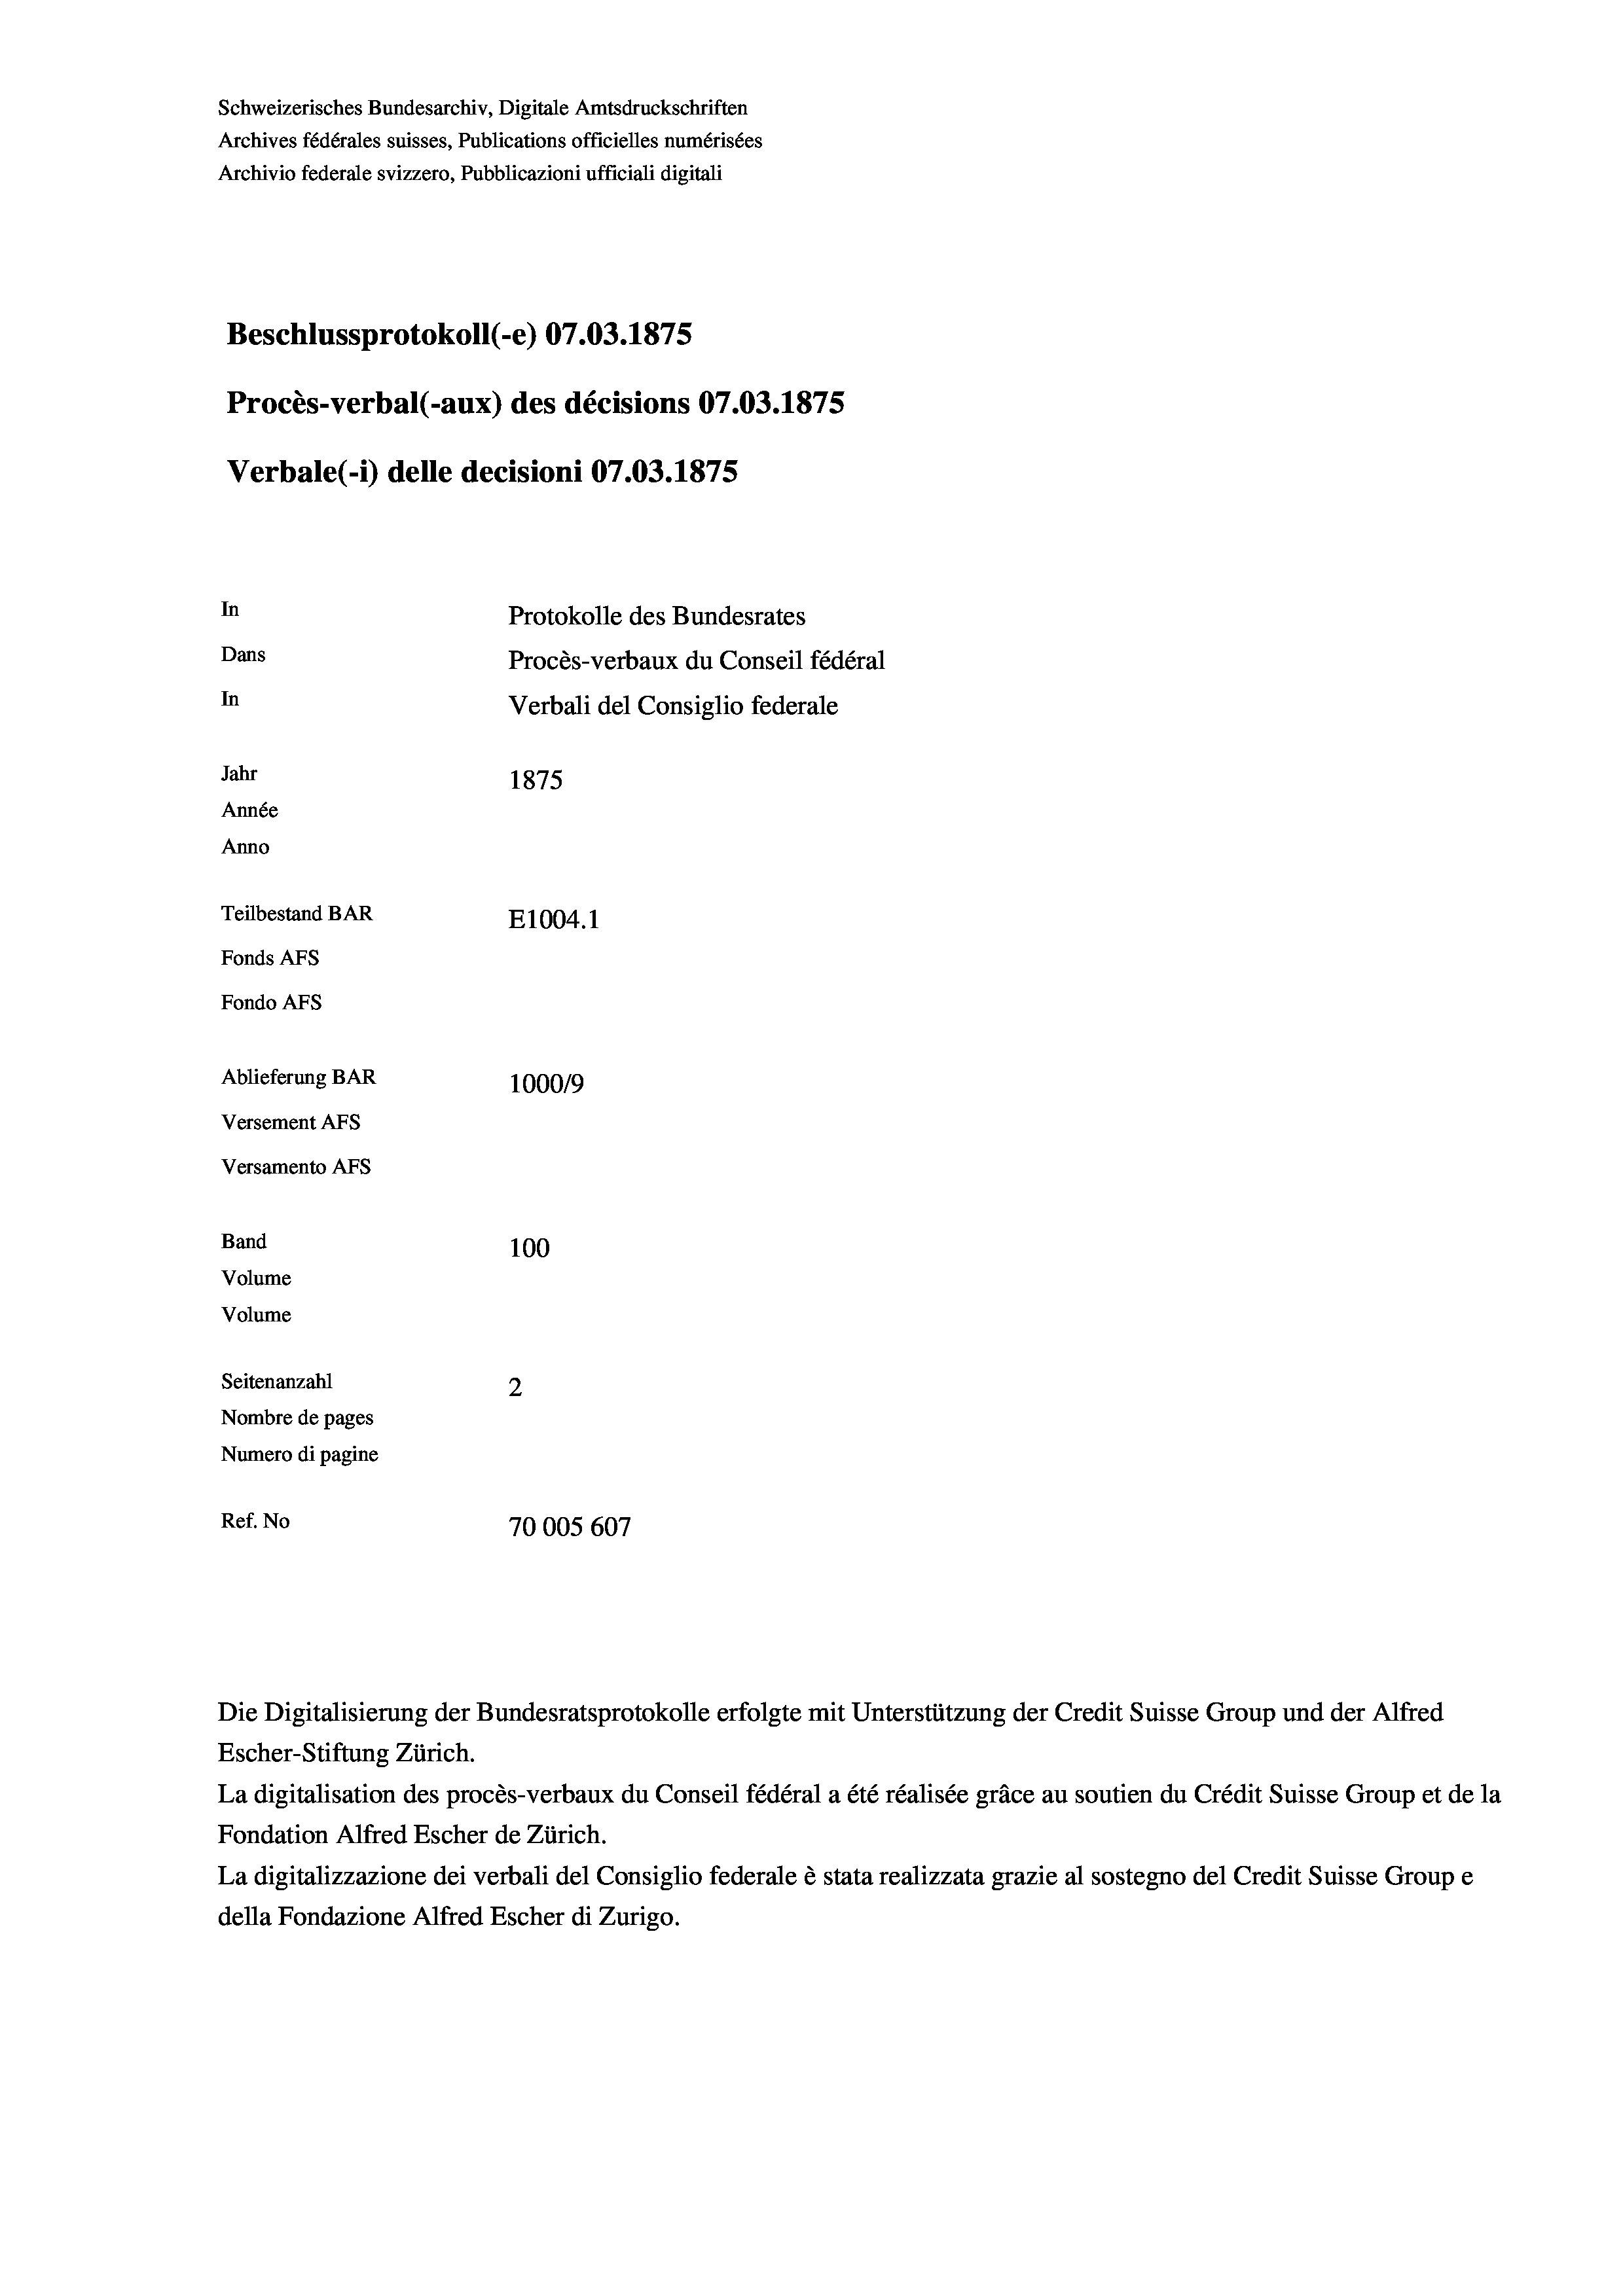
Schweizerisches Bundesarchiv, Digitale Amtsdruckschriften
Archives fédérales suisses, Publications officielles numérisées
Archivio federale svizzero, Pubblicazioni ufficiali digitali
Beschlussprotokoll (-e) 07.03. 1875
Procès-verbal (-aux) des décisions 07.03. 1875
Verbale(-*) delle decisioni 07.03. 1875
In
Protokolle des Bundesrates
Dans
Procès-verbaux du Conseil fédéral
In
Verbali del Consiglio federale
Jahr
1875
Année
Anno
Teilbestand BAR
E1004. 1
Fonds AFs
Fondo AFS
Ablieferung BAR
1000/9
Versement Abs
Versamento AFs
Band
100
Volume
Volume

Seitenanzahl
2
Nombre de pages
Numero di pagine
Ref. No
70005 607

Die Digitalisierung der Bundesratsprotokolle erfolgte mit Unterstützung der Credit Suisse Group und der Alfred
Escher-Stiftung Zürich.
La digitalisation des procès-verbaux du Conseil fédéral a été réalisée gräce au soutien du Crédit Suisse Group et de la
Fondation Alfred Escher de Zürich.
La digitalizzazione dei verbali del Consiglio federale è stata realizzata grazie al sostegno del Credit Suisse Groupe
della Fondazione Alfred Escher di Zurigo.